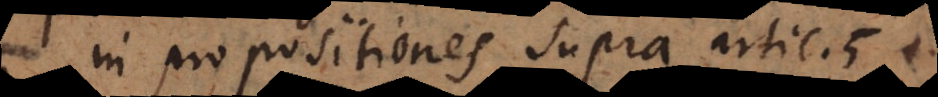
in propositiones supra artic. 5 fie